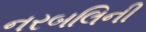
નરબલિની